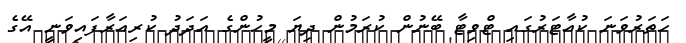
ހަތަރުވަނަ ކުއާޓަރުގައި ޓްވިޓާ ބޭނުން ކުރަމުން ދިޔަ މީހުންގެ އަދަދު ކުރިއަރާފައިވަނީ އޭގެ